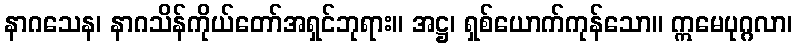
နာဂသေန၊ နာဂသိန်ကိုယ်တော်အရှင်ဘုရား။ အဋ္ဌ၊ ရှစ်ယောက်ကုန်သော။ ဣမေပုဂ္ဂလာ၊